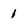
Character: 1